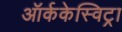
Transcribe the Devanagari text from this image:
ऑर्ककेस्विट्रा